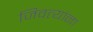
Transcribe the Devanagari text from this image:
जिवत्यांना